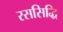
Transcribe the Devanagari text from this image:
रससिद्धि